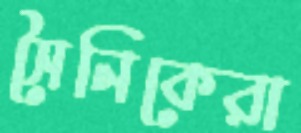
সৈনিকেরা